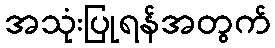
အသုံးပြုရန်အတွက်